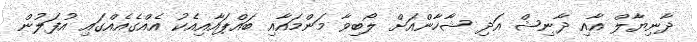
ދާނިޔާލް އާއި ދާނިޝް އަދި ޝާހާންއަށް ލޯބިވާ މަންމައާއި ބައްޕައާއިއެކު އެއްގެއެއްގައި އުފަލުން